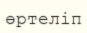
өртеліп